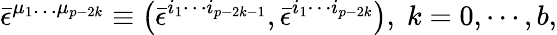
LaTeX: \bar{\epsilon}^{\mu_{1}\ldots\mu_{p-2k}}\equiv\left(\bar{\epsilon}^{i_{1}\cdots i_{p-2k-1}},\bar{\epsilon}^{i_{1}\cdots i_{p-2k}}\right),\; k=0,\cdots,b,